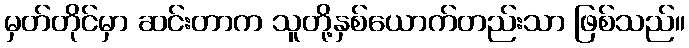
မှတ်တိုင်မှာ ဆင်းတာက သူတို့နှစ်ယောက်တည်းသာ ဖြစ်သည်။